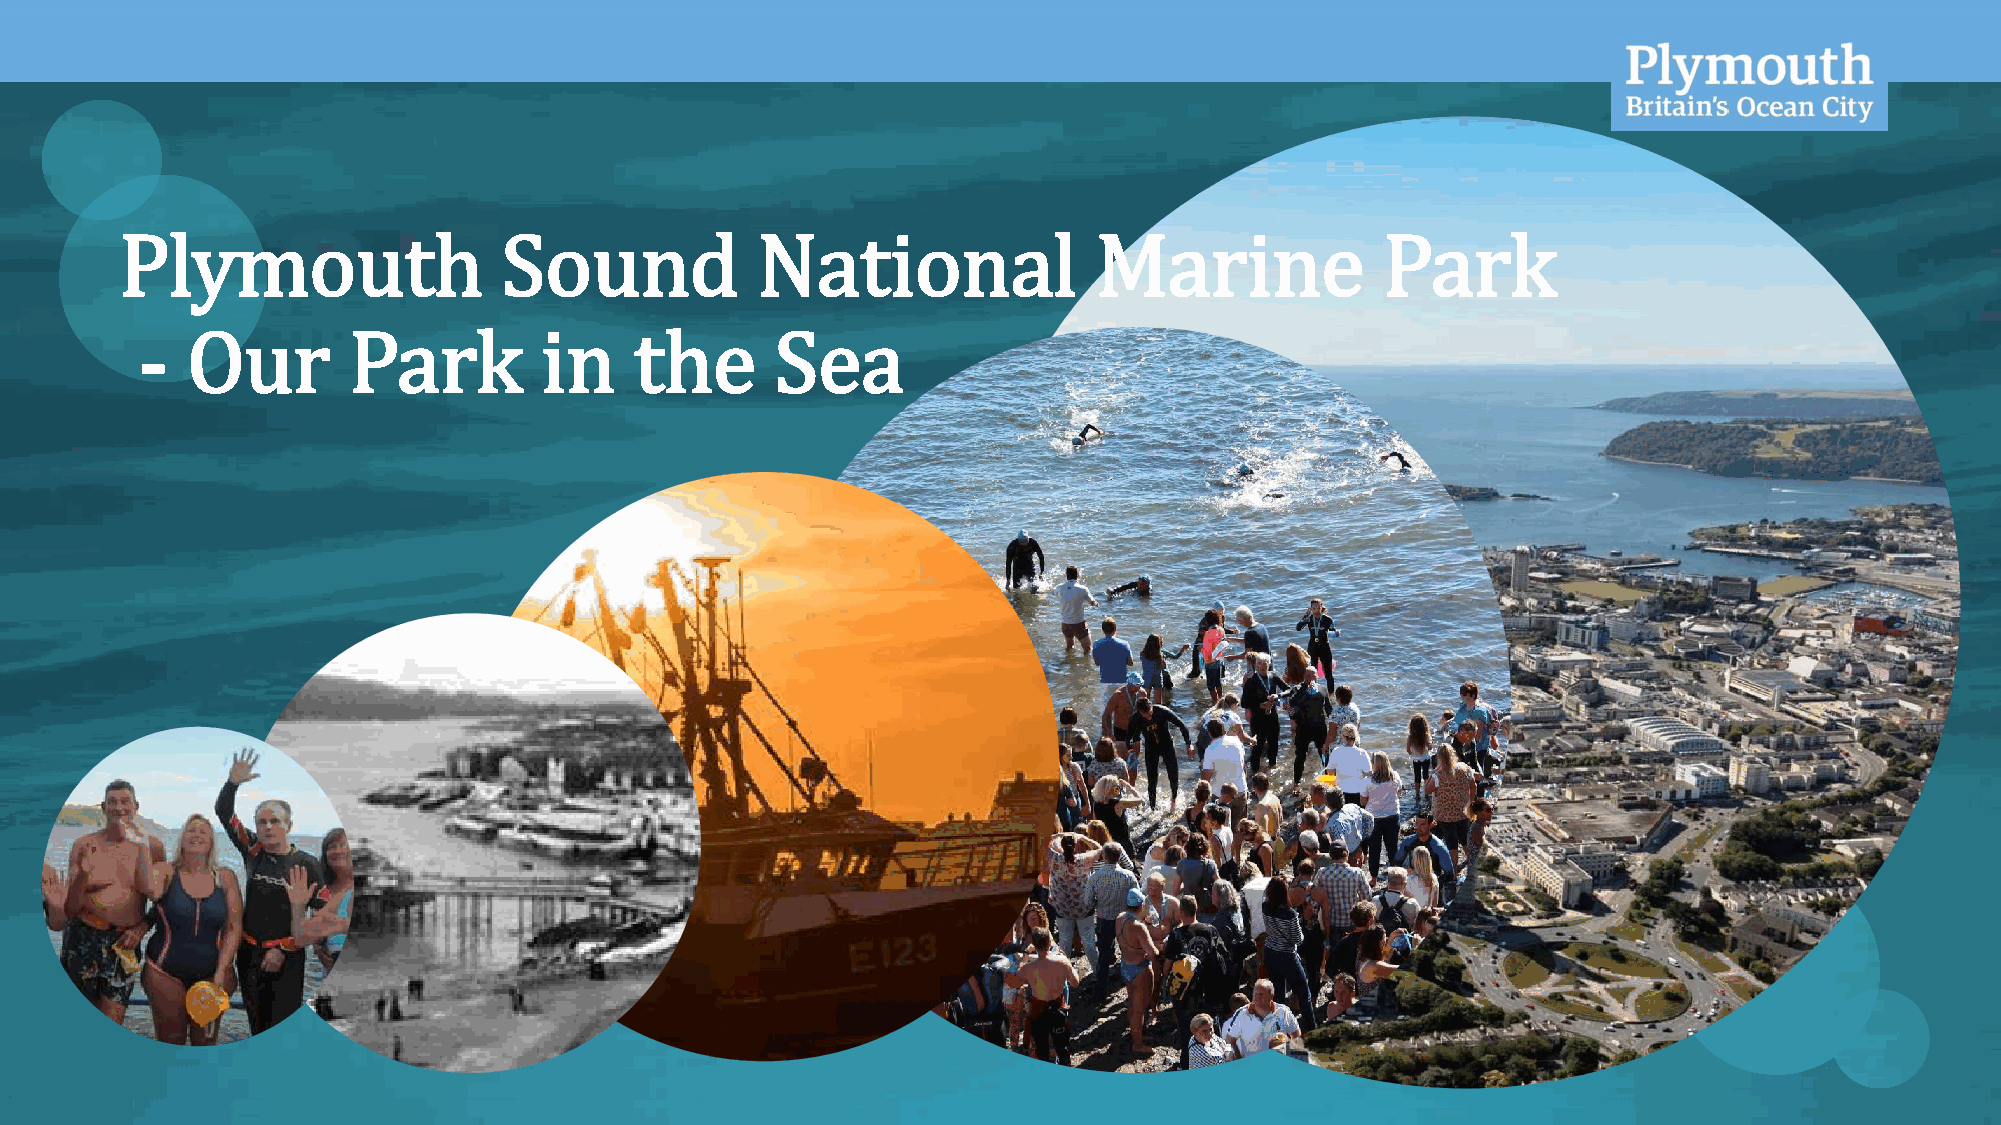
OFFICIAL
 Plymouth                 Sound            National               Marine            Park
 -  Our        Park         in    the      Sea